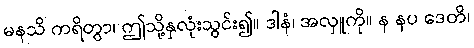
မနသိ ကရိတွာ၊ ဤသို့နှလုံးသွင်း၍။ ဒါနံ၊ အလှူကို။ န နပ ဒေတိ၊